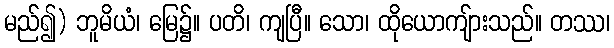
မည်၍) ဘူမိယံ၊ မြေ၌။ ပတိ၊ ကျပြီ။ သော၊ ထိုယောကျ်ားသည်။ တဿ၊